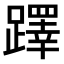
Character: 𨆅